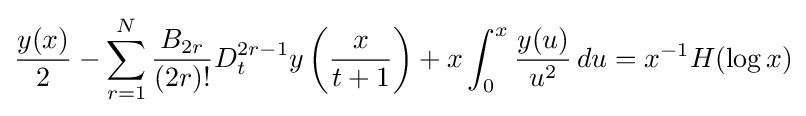
{\frac {y(x)}{2}}-\sum _{r=1}^{N}{\frac {B_{2r}}{(2r)!}}D_{t}^{2r-1}y\left({\frac {x}{t+1}}\right)+x\int _{0}^{x}{\frac {y(u)}{u^{2}}}\,du=x^{-1}H(\log x)